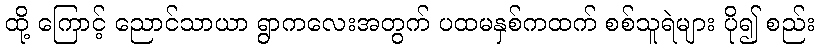
ထို့ ကြောင့် ညောင်သာယာ ရွာကလေးအတွက် ပထမနှစ်ကထက် စစ်သူရဲများ ပို၍ စည်း